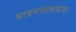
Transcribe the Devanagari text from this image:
भाषणस्वातंत्र्यावर